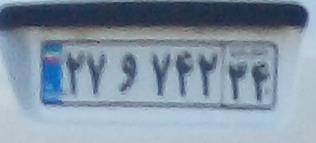
۲۷و۷۴۲۳۴